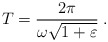
\begin{align*}T = \frac{2\pi}{\omega\sqrt{1+\varepsilon}}\;.\end{align*}